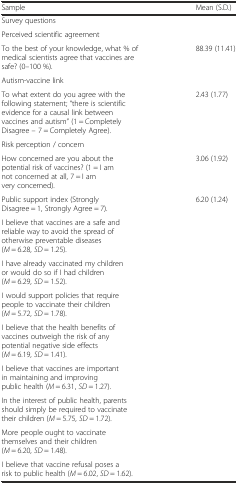
<table><thead><tr><td><b>Sample</b></td><td><b>Mean (S.D.)</b></td></tr></thead><tbody><tr><td colspan="2">Survey questions</td></tr><tr><td colspan="2">Perceived scientific agreement</td></tr><tr><td>To the best of your knowledge, what % of medical scientists agree that vaccines are safe? (0–100 %).</td><td>88.39 (11.41)</td></tr><tr><td colspan="2">Autism-vaccine link</td></tr><tr><td>To what extent do you agree with the following statement; “there is scientific evidence for a causal link between vaccines and autism” (1 = Completely Disagree – 7 = Completely Agree).</td><td>2.43 (1.77)</td></tr><tr><td colspan="2">Risk perception / concern</td></tr><tr><td>How concerned are you about the potential risk of vaccines? (1 = I am not concerned at all, 7 = I am very concerned).</td><td>3.06 (1.92)</td></tr><tr><td>Public support index (Strongly Disagree = 1, Strongly Agree = 7).</td><td>6.20 (1.24)</td></tr><tr><td>I believe that vaccines are a safe and reliable way to avoid the spread of otherwise preventable diseases (<i>M</i> = 6.28, <i>SD</i> = 1.25).</td><td rowspan="8"></td></tr><tr><td>I have already vaccinated my children or would do so if I had children (<i>M</i> = 6.29, <i>SD</i> = 1.52).</td></tr><tr><td>I would support policies that require people to vaccinate their children (<i>M</i> = 5.72, <i>SD</i> = 1.78).</td></tr><tr><td>I believe that the health benefits of vaccines outweigh the risk of any potential negative side effects (<i>M</i> = 6.19, <i>SD</i> = 1.41).</td></tr><tr><td>I believe that vaccines are important in maintaining and improving public health (<i>M</i> = 6.31, <i>SD</i> = 1.27).</td></tr><tr><td>In the interest of public health, parents should simply be required to vaccinate their children (<i>M</i> = 5.75, <i>SD</i> = 1.72).</td></tr><tr><td>More people ought to vaccinate themselves and their children (<i>M</i> = 6.20, <i>SD</i> = 1.48).</td></tr><tr><td>I believe that vaccine refusal poses a risk to public health (<i>M</i> = 6.02, <i>SD</i> = 1.62).</td></tr></tbody></table>